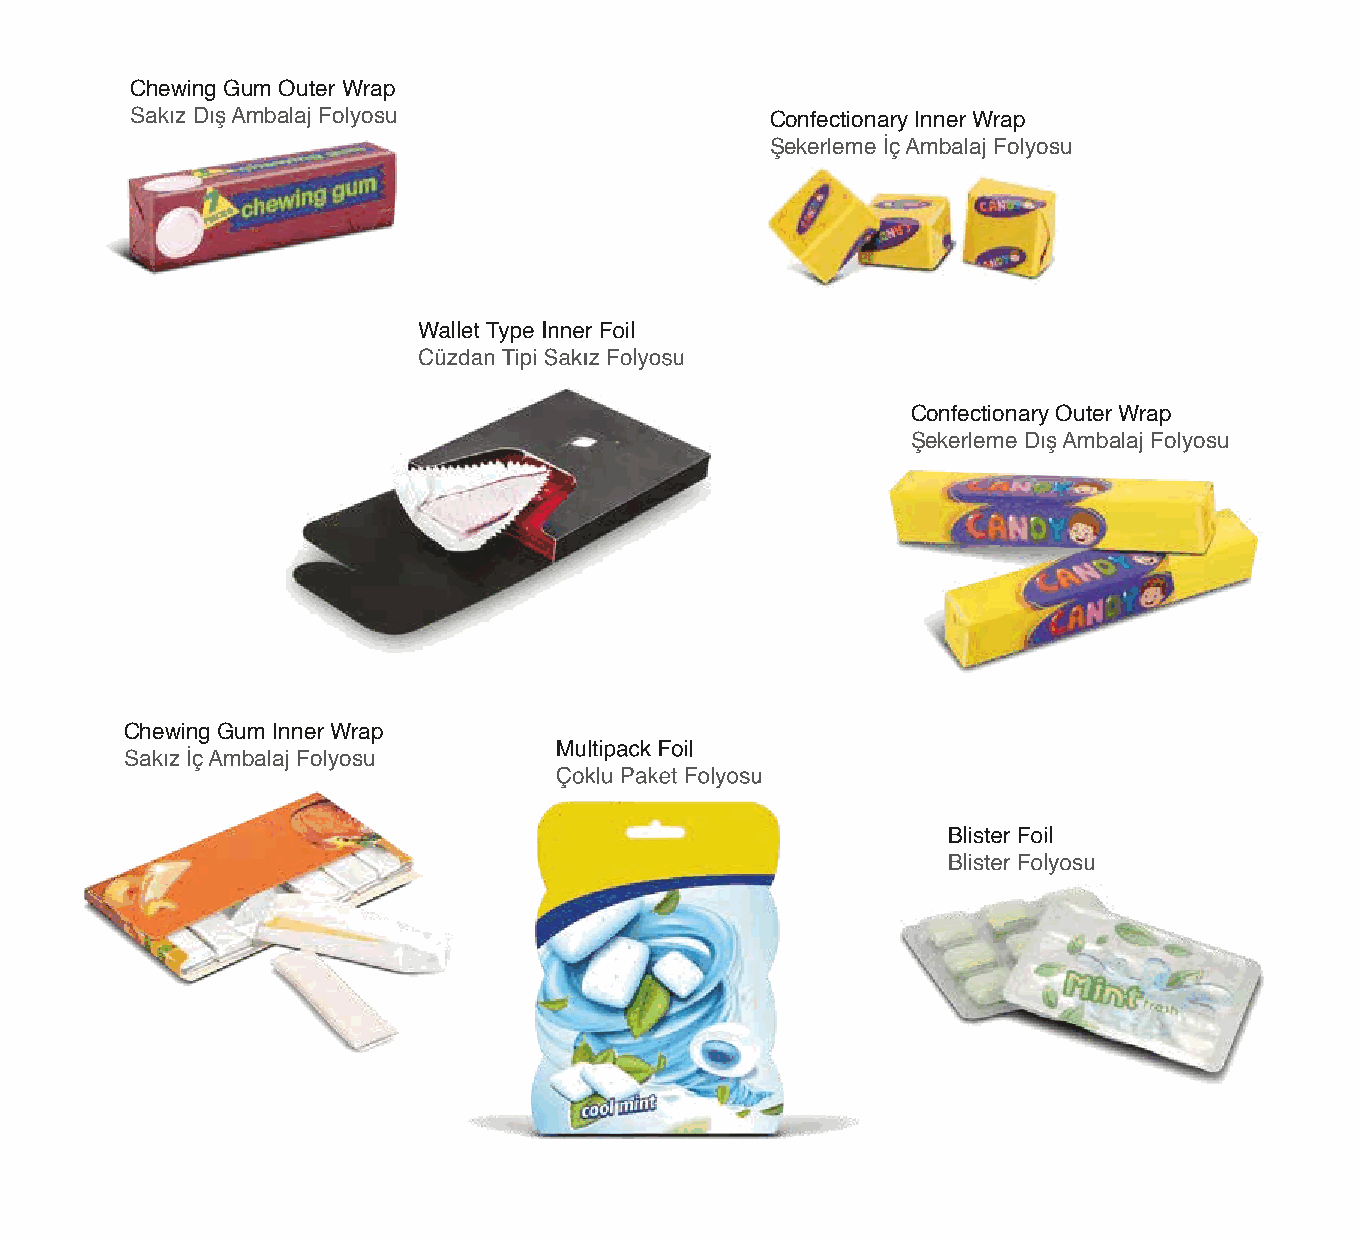
Chewing Gum Outer Wrap
 Sakız Dış Ambalaj Folyosu                 Confectionary Inner Wrap
 Şekerleme İç Ambalaj Folyosu
 Confectionary Outer Wrap
 Şekerleme Dış Ambalaj Folyosu
 Chewing Gum Inner Wrap
 Sakız İç Ambalaj Folyosu